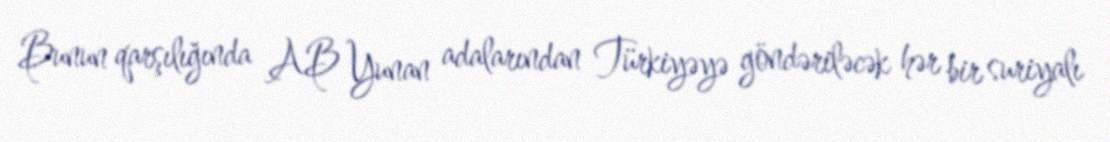
Bunun qarşılığında AB Yunan adalarından Türkiyəyə göndəriləcək hər bir suriyalı